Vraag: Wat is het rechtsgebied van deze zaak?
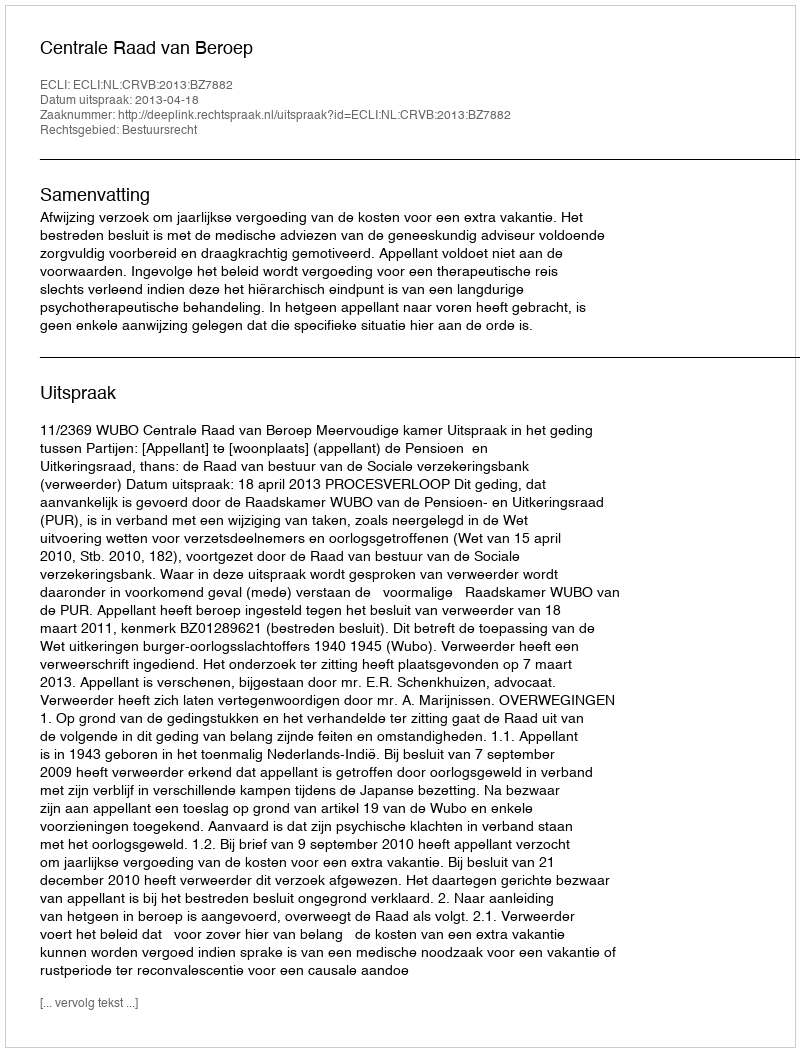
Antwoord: Bestuursrecht